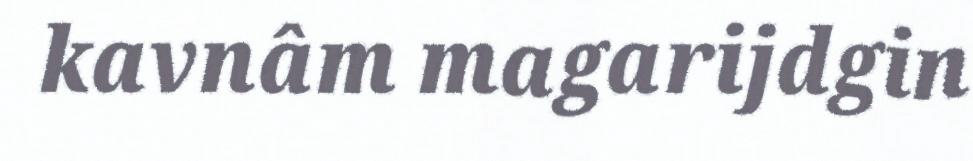
kavnâm magarijdgin